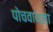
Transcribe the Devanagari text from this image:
पोचवायला